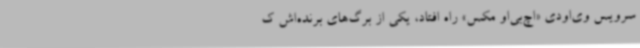
سرویس وی‌اودی «اچ‌بی‌او مکس» راه افتاد، یکی از برگ‌های برنده‌اش ک